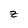
Character: z